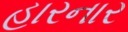
હારનાર